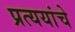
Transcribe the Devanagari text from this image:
प्रत्ययांचे